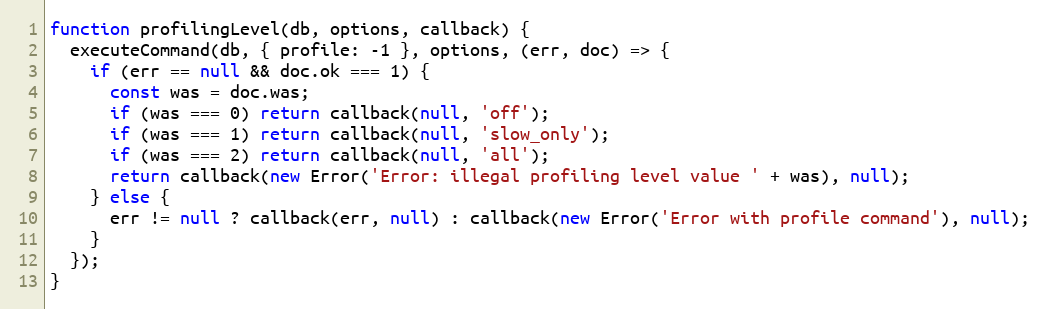
Language: JavaScript
function profilingLevel(db, options, callback) {
  executeCommand(db, { profile: -1 }, options, (err, doc) => {
    if (err == null && doc.ok === 1) {
      const was = doc.was;
      if (was === 0) return callback(null, 'off');
      if (was === 1) return callback(null, 'slow_only');
      if (was === 2) return callback(null, 'all');
      return callback(new Error('Error: illegal profiling level value ' + was), null);
    } else {
      err != null ? callback(err, null) : callback(new Error('Error with profile command'), null);
    }
  });
}